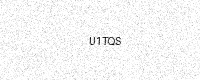
Text: U1TQS